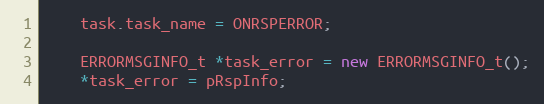
Language: C++
	task.task_name = ONRSPERROR;

	ERRORMSGINFO_t *task_error = new ERRORMSGINFO_t();
	*task_error = pRspInfo;